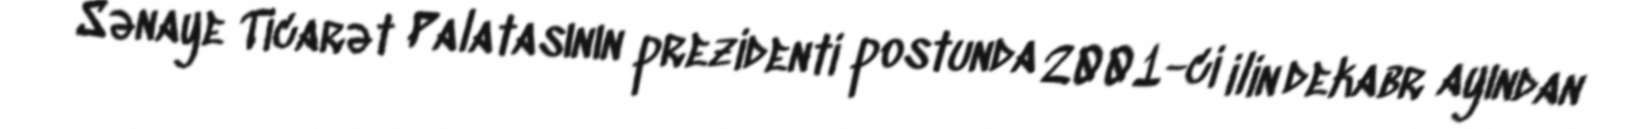
Sənaye Ticarət Palatasının prezidenti postunda 2001-ci ilin dekabr ayından